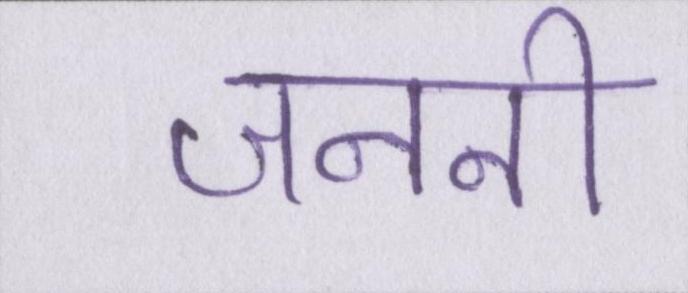
जननी